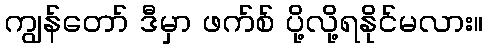
ကျွန်တော် ဒီမှာ ဖက်စ် ပို့လို့ရနိုင်မလား။